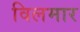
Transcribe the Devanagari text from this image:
विलमार